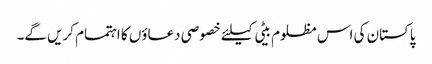
پاکستان کی اس مظلوم بیٹی کیلئے خصوصی دعاؤں کا اہتمام کریں گے۔